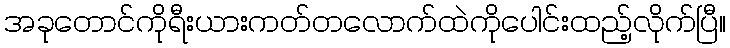
အခုတောင်ကိုရီးယားကတ်တလောက်ထဲကိုပေါင်းထည့်လိုက်ပြီ။